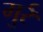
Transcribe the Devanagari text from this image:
गुर्र